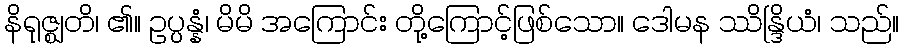
နိရုဇ္ဈတိ၊ ၏။ ဥပ္ပန္နံ၊ မိမိ အကြောင်း တို့ကြောင့်ဖြစ်သော။ ဒေါမန ဿိန္ဒြိယံ၊ သည်။